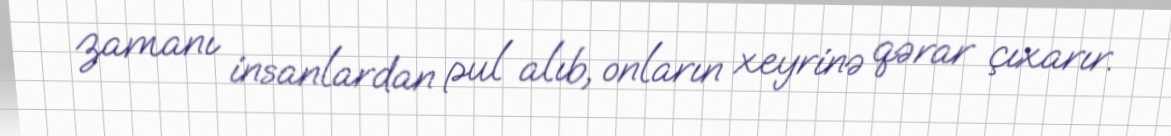
zamanı insanlardan pul alıb, onların xeyrinə qərar çıxarır.